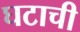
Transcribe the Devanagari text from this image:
घटाची